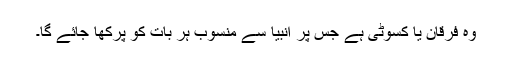
وہ فرقان یا کسوٹی ہے جس پر انبیا سے منسوب ہر بات کو پرکھا جائے گا۔